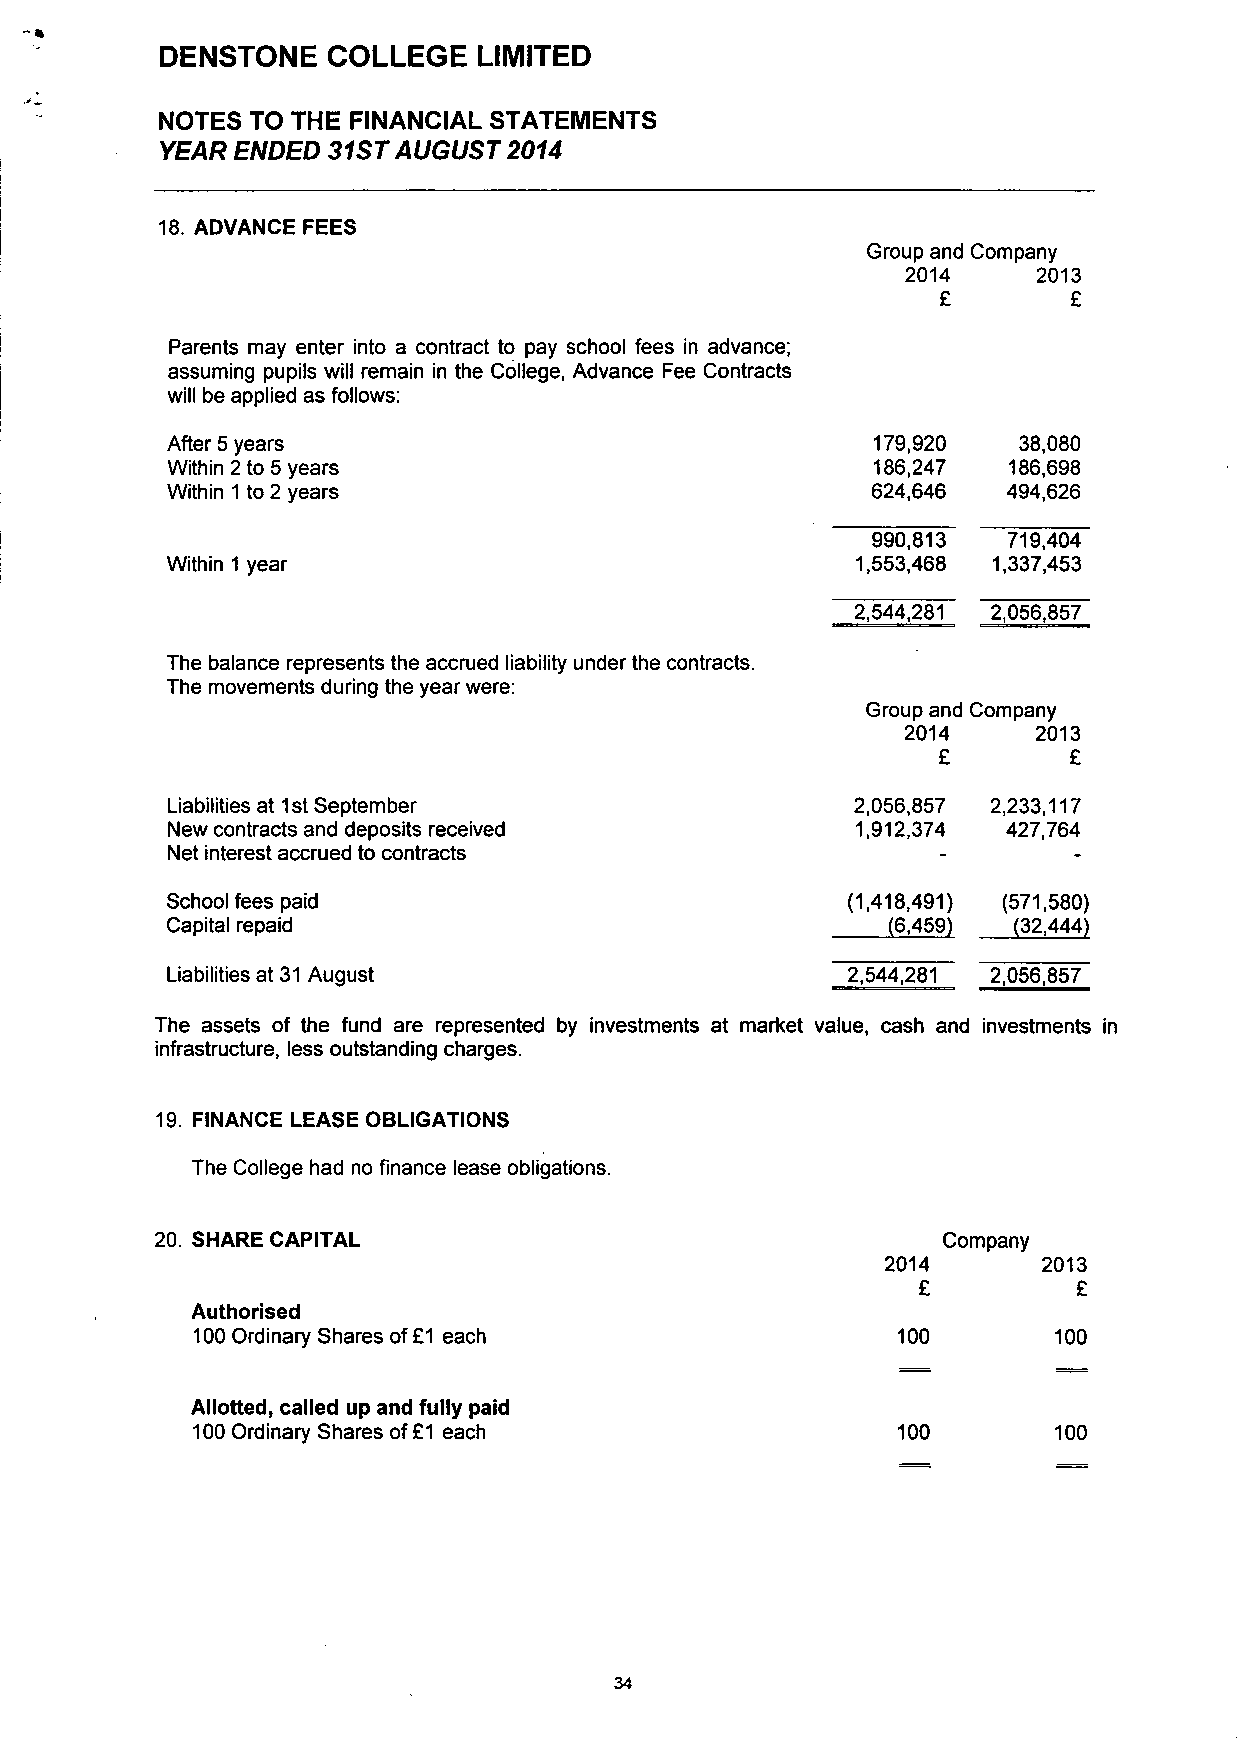
DENSTONE   COLLEGE  LIMITED
 NOTES  TO THE FINANCIAL STATEMENTS
 YEAR ENDED 31ST AUGUST 2014
 18. ADVANCE FEES
 Group and Company
 2014     2013
 £        £
 Parents may enter into a contract to pay school fees in advance;
 assuming pupils will remain in the College, Advance Fee Contracts
 will be applied as follows:
 After 5 years                                  179,920  38,080
 Within 2 to 5 years                            186,247  186,698
 Within 1 to 2 years                            624,646  494,626
 990,813  719,404
 Within 1 year                                 1,553,468 1,337,453
 2,544,281 2,056,857
 The balance represents the accrued liability under the contracts.
 The movements during the year were:
 Group and Company
 2014     2013
 £        £
 Liabilities at 1st September                  2,056,857 2,233,117
 New contracts and deposits received           1,912,374 427,764
 Net interest accrued to contracts
 School fees paid                             (1,418,491) (571,580)
 Capital repaid                                  (6,459) (32,444)
 Liabilities at 31 August                     2,544,281 2,056,857
 The assets of the fund are represented by investments at market value, cash and investments
 infrastructure, less outstanding charges.
 19. FINANCE LEASE OBLIGATIONS
 The College had no finance lease obligations.
 20. SHARE CAPITAL                                   Company
 2014      2013
 £         £
 Authorised
 100 Ordinary Shares of £1 each                 100       100
 Allotted, called up and fully paid
 100 Ordinary Shares of £1 each                100        100
 34